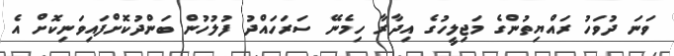
ވަނަ ދުވަހު ރައްޔިތުންގެ މަޖިލީހުގެ އިދާރާ ހިމެނޭ ސަރަހައްދު ފުލުހުން ބަންދުކޮށްފައިވަނިކޮށް އެ